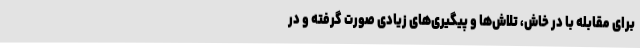
برای مقابله با در خاش، تلاش‌ها و پیگیری‌های زیادی صورت گرفته و در